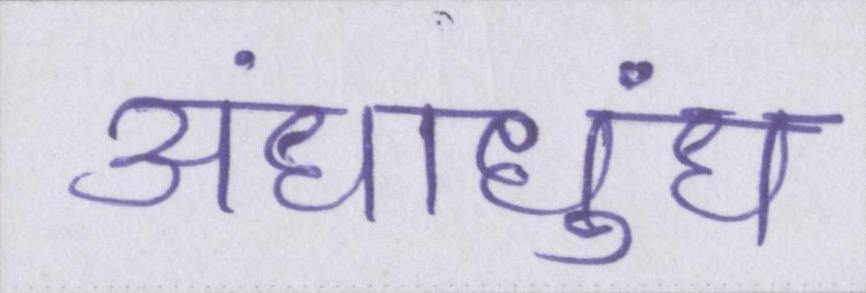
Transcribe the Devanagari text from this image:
अंधाधुंध